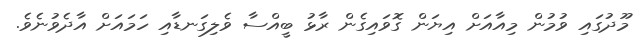
މޫދުގައި ވުމުން މިއާއަށް އިޔަން ގޮވައިގެން ރާޅު ބީއްސާ ވެލިގަނޑާއި ހަމައަށް އާދެވުނެވެ.